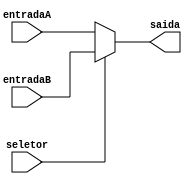
module multiplex5 (
  seletor,
  entradaA,
  entradaB,
  saida
  );
  input seletor;
  input [4:0] entradaA;
  input [4:0] entradaB;
  output reg [4:0] saida;

  always @(seletor, entradaA, entradaB)
    if (seletor == 0)
      saida <= entradaA;
    else
      saida<= entradaB;

endmodule